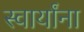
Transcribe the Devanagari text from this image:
स्वार्यांना